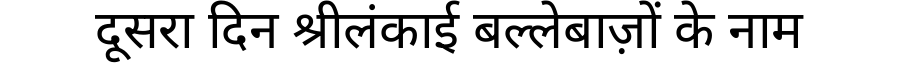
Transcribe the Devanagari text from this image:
दूसरा दिन श्रीलंकाई बल्लेबाज़ों के नाम